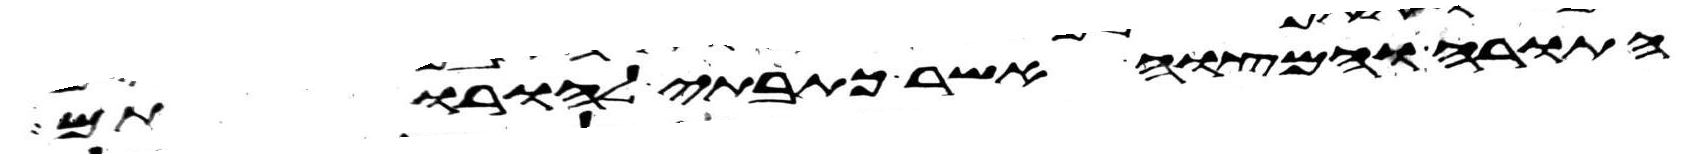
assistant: התורה והמצוה אשר כתבתי להורתם